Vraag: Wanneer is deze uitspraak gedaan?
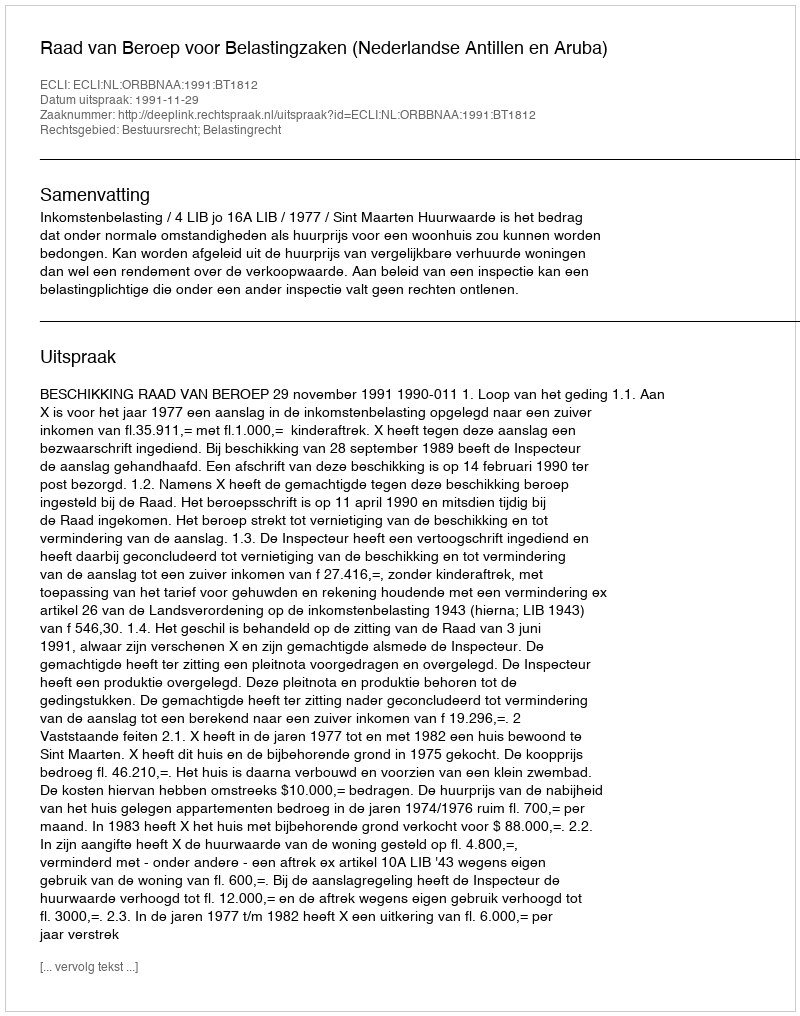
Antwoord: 1991-11-29